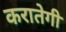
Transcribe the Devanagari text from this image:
करातेगी